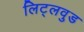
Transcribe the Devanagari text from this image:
लिट्लवुड